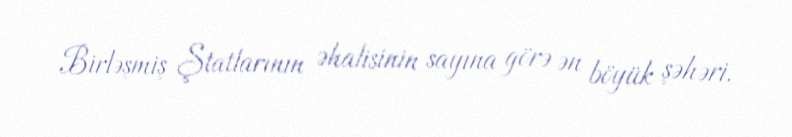
Birləşmiş Ştatlarının əhalisinin sayına görə ən böyük şəhəri.